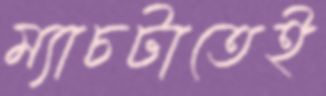
ম্যাচটাতেই